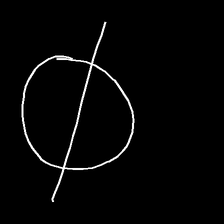
Glyph: orb